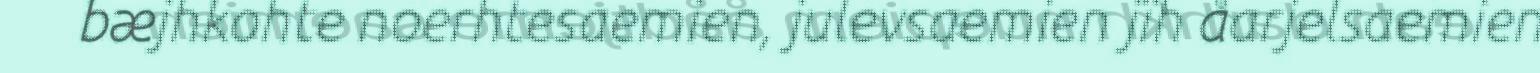
bæjhkohte noerhtesaemien, julevsaemien jïh åarjelsaemien